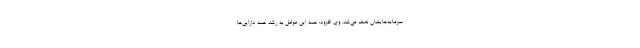
سرمایه‌هایشان نصف می‌شد. وی افزود: همه این عوامل به رشد همه دارایی‌ها